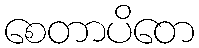
စေတာပိတေ